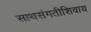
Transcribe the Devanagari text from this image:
साथसंगतीशिवाय